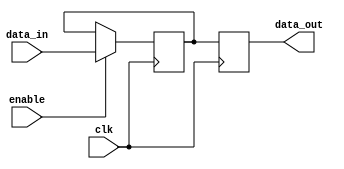
module hold_condition (
    input wire clk,          // Clock signal
    input wire enable,       // Enable signal for updating state
    input wire [7:0] data_in, // Input data to be held or updated
    output reg [7:0] data_out // Output data representing the held state
);

// Internal variable to hold the current state
reg [7:0] current_state;

// Initial state definition
initial begin
    current_state = 8'b0; // Initialize to zero
end

// Behavioral logic for hold condition
always @(posedge clk) begin
    if (enable) begin
        // Update the current state with input data when enable is high
        current_state <= data_in;
    end
    // If enable is low, hold the current state (do not update)
end

// Assign the current state to the output
always @(posedge clk) begin
    data_out <= current_state;
end

endmodule